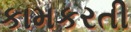
કામકરતી